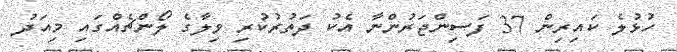
ހުޅުލެ ކައިރިން 37 ފަސިންޖަރުންނާ އެކު ދަތުރުކުރި ވިލާގެ ލޯންޗެއްގައި މިއަދު